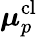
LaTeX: \boldsymbol{\mu}_{p}^{\mathrm{cl}}